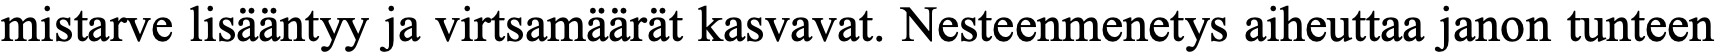
mistarve lisääntyy ja virtsamäärät kasvavat. Nesteenmenetys aiheuttaa janon tunteen